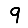
Digit: 9